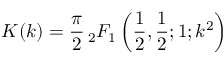
K ( k ) = { \frac { \pi } { 2 } } \, _ { 2 } F _ { 1 } \left( { \frac { 1 } { 2 } } , { \frac { 1 } { 2 } } ; 1 ; k ^ { 2 } \right)